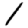
Digit: 1